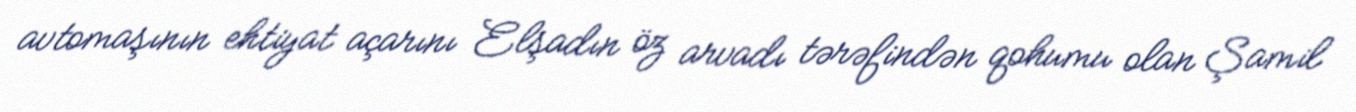
avtomaşının ehtiyat açarını Elşadın öz arvadı tərəfindən qohumu olan Şamil